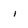
Character: i